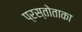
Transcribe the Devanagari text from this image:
प्रस्तोताका